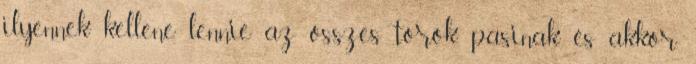
ilyennek kellene lennie az összes török pasinak és akkor